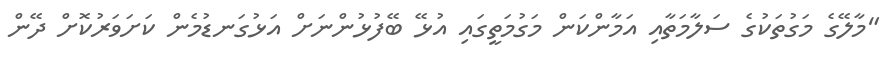
"މާލޭގެ މަގުތަކުގެ ސަލާމަތާއި އަމާންކަން މަގުމަތީގައި އުޅޭ ބޭފުޅުންނަށް އަޅުގަނޑުމެން ކަށަވަރުކޮށް ދޭން